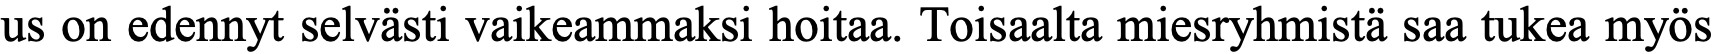
us on edennyt selvästi vaikeammaksi hoitaa. Toisaalta miesryhmistä saa tukea myös